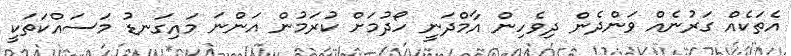
އެތަކެއް ގަރުނެއް ވަންދެން ދިވެހިން އާމްދަނީ ހޯދުމަށް ކުރަމުން އަންނަ މައިގަނޑު މަސައްކަތަކީ